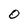
Character: O